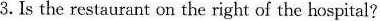
3. Is the restaurant on the right of the hospital?